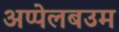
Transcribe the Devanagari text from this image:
अप्पेलबउम